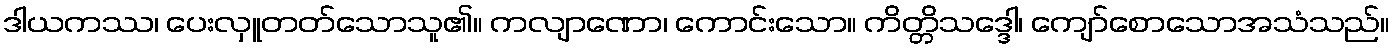
ဒါယကဿ၊ ပေးလှူတတ်သောသူ၏။ ကလျာဏော၊ ကောင်းသော။ ကိတ္တိသဒ္ဒေါ၊ ကျော်စောသောအသံသည်။